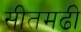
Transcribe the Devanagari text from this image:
सीतमढी